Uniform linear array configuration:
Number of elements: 48
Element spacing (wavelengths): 1
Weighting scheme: kaiser
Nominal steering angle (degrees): -60
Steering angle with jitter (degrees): -59.785
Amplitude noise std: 0.05
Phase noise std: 0.05

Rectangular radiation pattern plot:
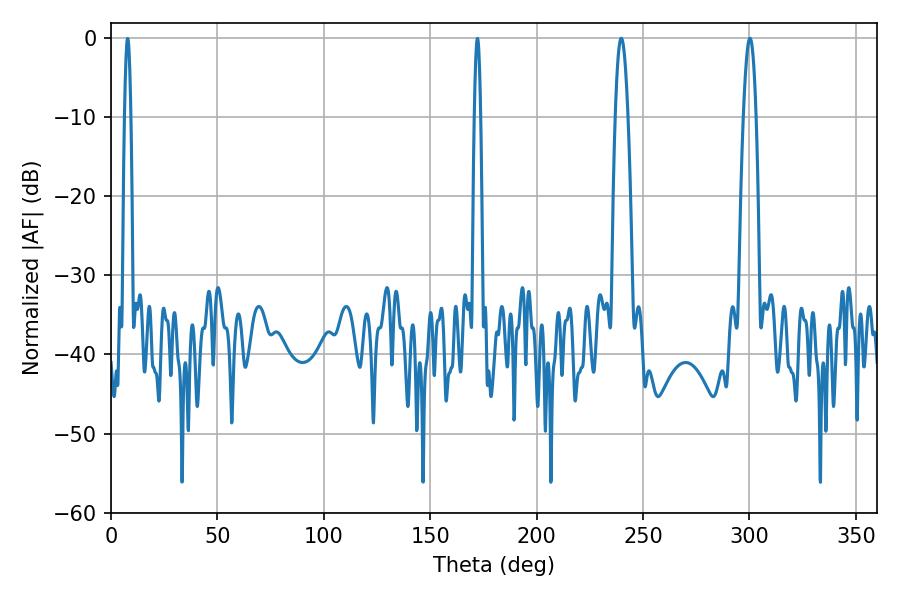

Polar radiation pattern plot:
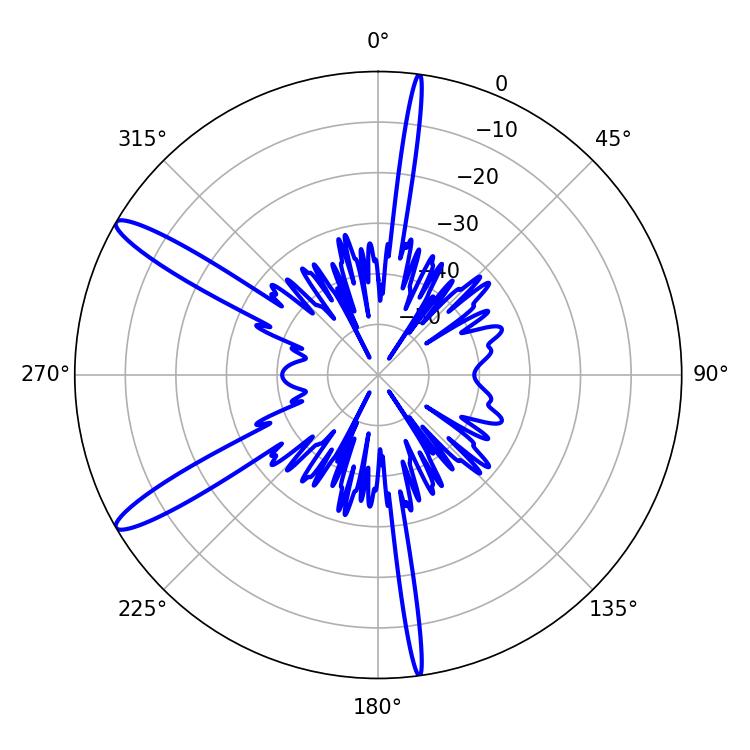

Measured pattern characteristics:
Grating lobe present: TRUE
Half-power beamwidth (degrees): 3.24
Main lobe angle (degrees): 239.76